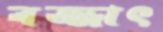
বজ্জাৎ